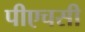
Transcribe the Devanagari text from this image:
पीएचसी